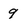
Character: 9